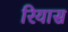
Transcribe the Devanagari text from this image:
रियास